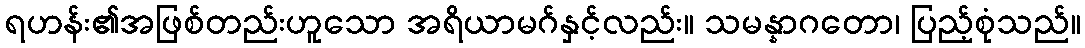
ရဟန်း၏အဖြစ်တည်းဟူသော အရိယာမဂ်နှင့်လည်း။ သမန္နာဂတော၊ ပြည့်စုံသည်။